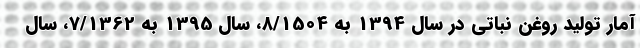
آمار تولید روغن نباتی در سال 1394 به 8/1504، سال 1395 به 7/1362، سال